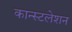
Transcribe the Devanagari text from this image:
कान्स्टलेशन